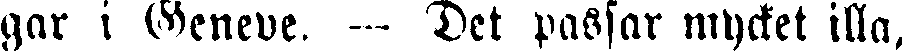
gar i Geneve. — Det passar mycket illa,